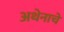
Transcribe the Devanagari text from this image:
अथेनाचे